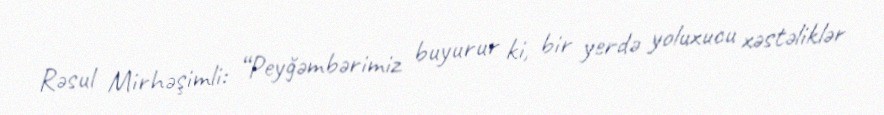
Rəsul Mirhəşimli: “Peyğəmbərimiz buyurur ki, bir yerdə yoluxucu xəstəliklər